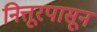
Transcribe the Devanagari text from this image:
नित्तूरपासून